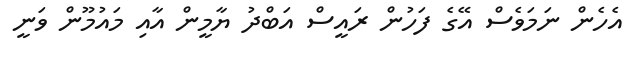
އެހެން ނަމަވެސް އޭގެ ފަހުން ރައީސް އަބްދު ޔާމީން އާއި މައުމޫން ވަނީ